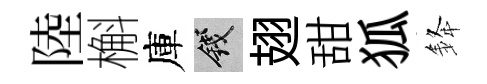
陸槲庫錢翅甜狐𨦟